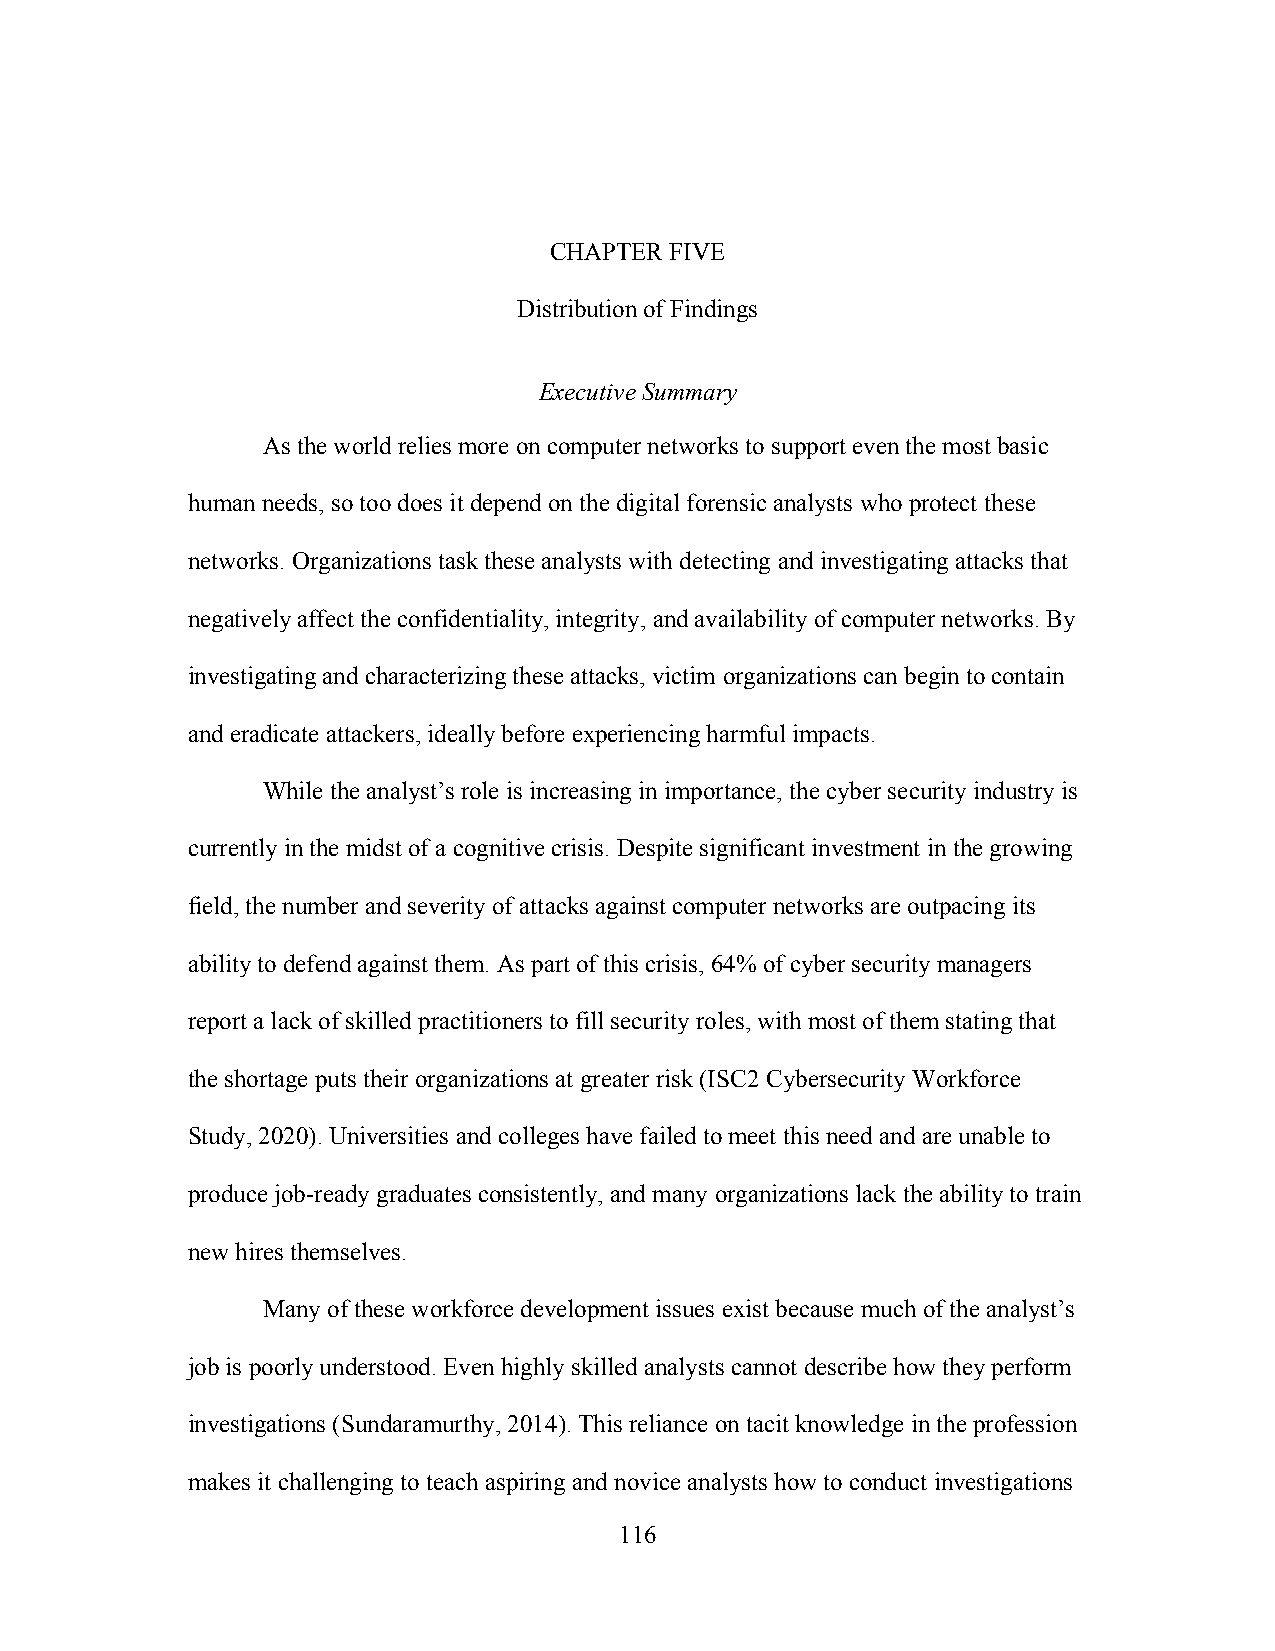
CHAPTER FIVE
 Distribution of Findings
 Executive Summary
 As the world relies more on computer networks to support even the most basic
 human needs, so too does it depend on the digital forensic analysts who protect these
 networks. Organizations task these analysts with detecting and investigating attacks that
 negatively affect the confidentiality, integrity, and availability of computer networks. By
 investigating and characterizing these attacks, victim organizations can begin to contain
 and eradicate attackers, ideally before experiencing harmful impacts.
 While the analyst’s role is increasing in importance, the cyber security industry is
 currently in the midst of a cognitive crisis. Despite significant investment in the growing
 field, the number and severity of attacks against computer networks are outpacing its
 ability to defend against them. As part of this crisis, 64% of cyber security managers
 report a lack of skilled practitioners to fill security roles, with most of them stating that
 the shortage puts their organizations at greater risk (ISC2 Cybersecurity Workforce
 Study, 2020). Universities and colleges have failed to meet this need and are unable to
 produce job-ready graduates consistently, and many organizations lack the ability to train
 new hires themselves.
 Many of these workforce development issues exist because much of the analyst’s
 job is poorly understood. Even highly skilled analysts cannot describe how they perform
 investigations (Sundaramurthy, 2014). This reliance on tacit knowledge in the profession
 makes it challenging to teach aspiring and novice analysts how to conduct investigations
 116